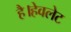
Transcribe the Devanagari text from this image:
है।हेवलेट